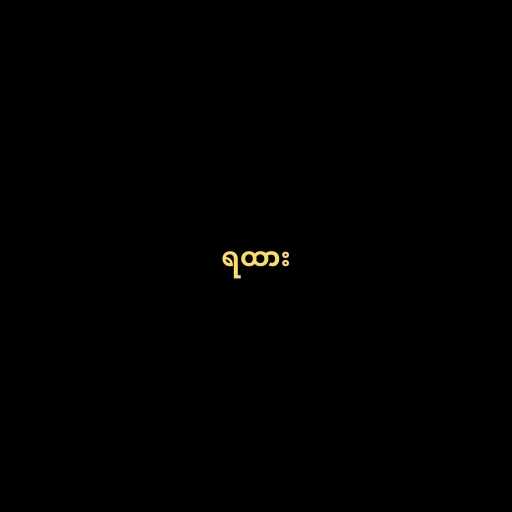
ရထား